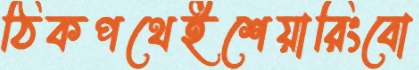
ঠিকপথেইশেয়ারিংবো